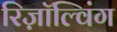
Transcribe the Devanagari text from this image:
रिज़ॉल्विंग